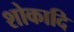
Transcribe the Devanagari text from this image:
शोकादि